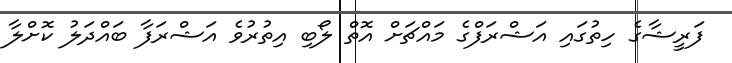
ފަރީޝާގެ ހިތުގައި އަޝްރަފްގެ މައްޗަށް އޮތް ލޯބި އިތުރުވެ އަޝްރަފާ ބައްދަލު ކޮށްލާ